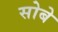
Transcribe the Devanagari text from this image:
सोबे